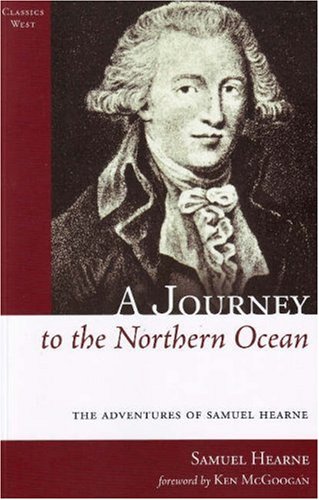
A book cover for A Journey to the Northern Ocean: The Adventures of Samuel Hearne (Classics West Collection); Samuel Hearne; Biographies & Memoirs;